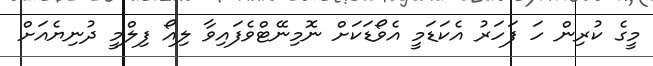
މީގެ ކުރިން ހަ ފަހަރު އެކަޑަމީ އެވޯޑަކަށް ނޮމިނޭޓްވެފައިވާ ލިއޯ ފިލްމީ ދުނިޔެއަށް